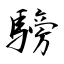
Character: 騯